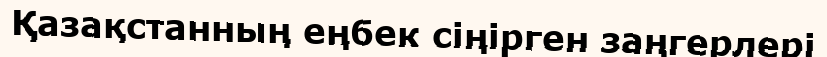
Қазақстанның еңбек сіңірген заңгерлері